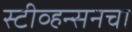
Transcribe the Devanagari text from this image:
स्टीव्हन्सनचा